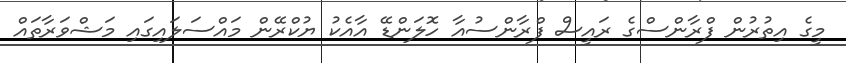
މީގެ އިތުރުން ފްރާންސްގެ ރައީސް ފްރާންސުއާ ހޮލަންޑޭ އާއެކު ޔުކްރޭން މައްސަލައިގައި މަޝްވަރާތައް